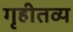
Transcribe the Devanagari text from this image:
गृहीतव्य